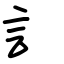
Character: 訁